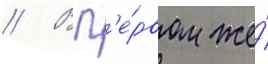
// В п'е́рвом же́